Indian journal of veterinary science and animal husbandry - Volumes 18-21, 1948-1951
Year: 1948
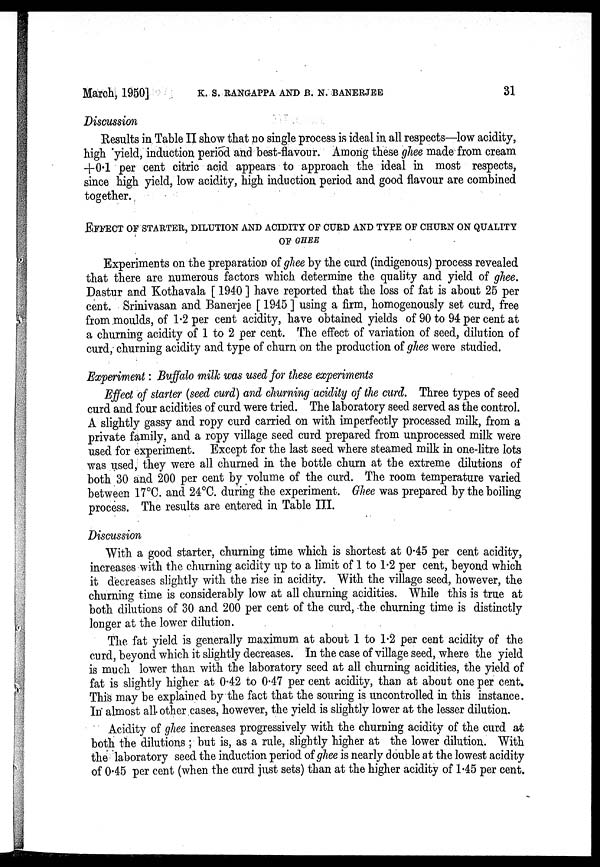
March, 1.950] K. S. RANGAPPA AND B. N. BANERJEE 31
Discussion
Results in Table II show that no single process is ideal in all respects—low acidity,
high yield, induction period and best-flavour. Among these ghee made from cream
+0.1 per cent citric acid appears to approach the ideal in most respects,
since high yield, low acidity, high induction period and good flavour are combined
together.
EFFECT OF STARTER, DILUTION AND ACIDITY OF CURD AND TYPE OF CHURN ON QU
OF GHEE
Experiments on the preparation of ghee by the curd (indigenous) process revealed
that there are numerous factors which determine the quality and yield of ghee.
Dastur and Kothavala [ 1940 ] have reported that the loss of fat is about 25 per
cent. Srinivasan and Banerjee [ 1945 ] using a firm, homogenously set curd, free
from moulds, of 1.2 per cent acidity, have obtained yields of 90 to 94 per cent at
a churning acidity of 1 to 2 per cent. The effect of variation of seed, dilution of
curd, churning acidity and type of churn on the production of ghee were studied.
Experiment: Buffalo milk was used for these experiments
Effect of starter (seed curd) and churning acidity of the curd. Three types of seed
curd and four acidities of curd were tried. The laboratory seed served as the control.
A slightly gassy and ropy curd carried on with imperfectly processed milk, from a
private family, and a ropy village seed curd prepared from unprocessed milk were
used for experiment. Except for the last seed where steamed milk in one-litre lots
was used, they were all churned in the bottle churn at the extreme dilutions of
both 30 and 200 per cent by volume of the curd. The room temperature varied
between 17°C. and 24°C. during the experiment. Ghee was prepared by the boiling
process. The results are entered in Table III.
Discussion
With a good starter, churning time which is shortest at 0.45 per cent acidity,
increases with the churning acidity up to a limit of 1 to 1.2 per cent, beyond which
it decreases slightly with the rise in acidity. With the village seed, however, the
churning time is considerably low at all churning acidities. While this is true at
both dilutions of 30 and 200 per cent of the curd, the churning time is distinctly
longer at the lower dilution.
The fat yield is generally maximum at about 1 to 1.2 per cent acidity of the
curd, beyond which it slightly decreases. In the case of village seed, where the yield
is much lower than with the laboratory seed at all churning acidities, the yield of
fat is slightly higher at 0.42 to 0.47 per cent acidity, than at about one per cent.
This may be explained by the fact that the souring is uncontrolled in this instance.
In almost all other cases, however, the yield is slightly lower at the lesser dilution.
Acidity of ghee increases progressively with the churning acidity of the curd at
both the dilutions ; but is, as a rule, slightly higher at the lower dilution. With
the laboratory seed the induction period of ghee is nearly double at the lowest acidity
of 0.45 per cent (when the curd just sets) than at the higher acidity of 1.45 per cent.